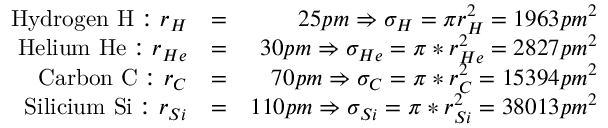
\begin{array} { r l r } { \mathrm { H y d r o g e n ~ H : ~ } r _ { H } } & { = } & { 2 5 p m \Rightarrow \sigma _ { H } = \pi r _ { H } ^ { 2 } = 1 9 6 3 p m ^ { 2 } } \\ { \mathrm { H e l i u m ~ H e : ~ } r _ { H e } } & { = } & { 3 0 p m \Rightarrow \sigma _ { H e } = \pi * r _ { H e } ^ { 2 } = 2 8 2 7 p m ^ { 2 } } \\ { \mathrm { C a r b o n ~ C : ~ } r _ { C } } & { = } & { 7 0 p m \Rightarrow \sigma _ { C } = \pi * r _ { C } ^ { 2 } = 1 5 3 9 4 p m ^ { 2 } } \\ { \mathrm { ~ S i l i c i u m ~ S i : ~ } r _ { S i } } & { = } & { 1 1 0 p m \Rightarrow \sigma _ { S i } = \pi * r _ { S i } ^ { 2 } = 3 8 0 1 3 p m ^ { 2 } } \end{array}